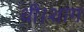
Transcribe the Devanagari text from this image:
थी।शांग